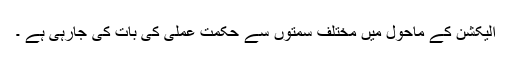
الیکشن کے ماحول میں مختلف سمتوں سے حکمت عملی کی بات کی جارہی ہے ۔